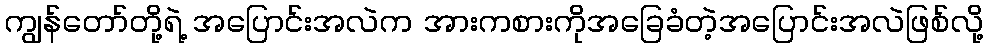
ကျွန်တော်တို့ရဲ့ အပြောင်းအလဲက အားကစားကိုအခြေခံတဲ့အပြောင်းအလဲဖြစ်လို့